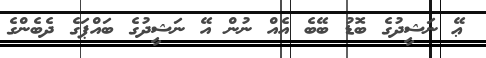
ޢޭ ނަޝީދުގެ ބޮޑު ބޭބެ އެއް ނުން އޭ ނަޝީދުގެ ބައްޕަގެ ދެބެންގެ